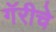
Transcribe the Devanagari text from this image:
गॅरीचे